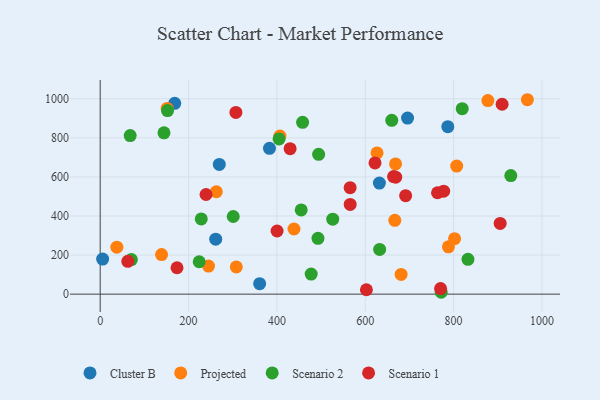
{"axis": {"x": "Engine Size", "y": "Rating"}, "legend": ["Cluster B", "Projected", "Scenario 1", "Scenario 2"], "data": [{"x": "695.8", "y": 901.4, "type": "Cluster B"}, {"x": "269.6", "y": 663.8, "type": "Cluster B"}, {"x": "261.5", "y": 281.4, "type": "Cluster B"}, {"x": "5.5", "y": 179.3, "type": "Cluster B"}, {"x": "360.9", "y": 53.8, "type": "Cluster B"}, {"x": "632.0", "y": 568.6, "type": "Cluster B"}, {"x": "168.7", "y": 976.5, "type": "Cluster B"}, {"x": "786.9", "y": 857.4, "type": "Cluster B"}, {"x": "383.2", "y": 746.3, "type": "Cluster B"}, {"x": "807.0", "y": 655.6, "type": "Projected"}, {"x": "788.3", "y": 242.0, "type": "Projected"}, {"x": "138.9", "y": 202.5, "type": "Projected"}, {"x": "262.9", "y": 524.0, "type": "Projected"}, {"x": "666.9", "y": 377.7, "type": "Projected"}, {"x": "681.2", "y": 101.0, "type": "Projected"}, {"x": "802.2", "y": 284.0, "type": "Projected"}, {"x": "151.6", "y": 950.4, "type": "Projected"}, {"x": "877.6", "y": 990.5, "type": "Projected"}, {"x": "37.7", "y": 240.5, "type": "Projected"}, {"x": "245.1", "y": 143.9, "type": "Projected"}, {"x": "438.7", "y": 333.5, "type": "Projected"}, {"x": "967.0", "y": 995.1, "type": "Projected"}, {"x": "308.1", "y": 139.6, "type": "Projected"}, {"x": "668.6", "y": 666.7, "type": "Projected"}, {"x": "626.7", "y": 723.0, "type": "Projected"}, {"x": "406.8", "y": 809.1, "type": "Projected"}, {"x": "67.9", "y": 811.5, "type": "Scenario 2"}, {"x": "494.5", "y": 715.6, "type": "Scenario 2"}, {"x": "771.9", "y": 9.6, "type": "Scenario 2"}, {"x": "493.0", "y": 285.5, "type": "Scenario 2"}, {"x": "819.5", "y": 949.2, "type": "Scenario 2"}, {"x": "929.5", "y": 606.9, "type": "Scenario 2"}, {"x": "632.6", "y": 228.7, "type": "Scenario 2"}, {"x": "458.2", "y": 879.4, "type": "Scenario 2"}, {"x": "404.9", "y": 794.3, "type": "Scenario 2"}, {"x": "152.4", "y": 939.7, "type": "Scenario 2"}, {"x": "224.1", "y": 165.8, "type": "Scenario 2"}, {"x": "301.1", "y": 397.4, "type": "Scenario 2"}, {"x": "477.6", "y": 102.6, "type": "Scenario 2"}, {"x": "70.6", "y": 177.0, "type": "Scenario 2"}, {"x": "144.4", "y": 825.6, "type": "Scenario 2"}, {"x": "526.4", "y": 383.8, "type": "Scenario 2"}, {"x": "228.8", "y": 384.8, "type": "Scenario 2"}, {"x": "660.0", "y": 889.5, "type": "Scenario 2"}, {"x": "455.0", "y": 431.1, "type": "Scenario 2"}, {"x": "832.5", "y": 178.4, "type": "Scenario 2"}, {"x": "307.2", "y": 930.0, "type": "Scenario 1"}, {"x": "400.4", "y": 323.3, "type": "Scenario 1"}, {"x": "664.2", "y": 601.9, "type": "Scenario 1"}, {"x": "622.1", "y": 671.6, "type": "Scenario 1"}, {"x": "602.6", "y": 22.6, "type": "Scenario 1"}, {"x": "909.8", "y": 971.9, "type": "Scenario 1"}, {"x": "173.9", "y": 135.1, "type": "Scenario 1"}, {"x": "905.4", "y": 362.0, "type": "Scenario 1"}, {"x": "691.4", "y": 503.8, "type": "Scenario 1"}, {"x": "62.5", "y": 167.8, "type": "Scenario 1"}, {"x": "565.9", "y": 459.4, "type": "Scenario 1"}, {"x": "239.6", "y": 510.0, "type": "Scenario 1"}, {"x": "429.9", "y": 744.4, "type": "Scenario 1"}, {"x": "763.6", "y": 519.1, "type": "Scenario 1"}, {"x": "777.5", "y": 527.2, "type": "Scenario 1"}, {"x": "668.9", "y": 598.7, "type": "Scenario 1"}, {"x": "565.8", "y": 545.0, "type": "Scenario 1"}, {"x": "770.5", "y": 28.5, "type": "Scenario 1"}]}